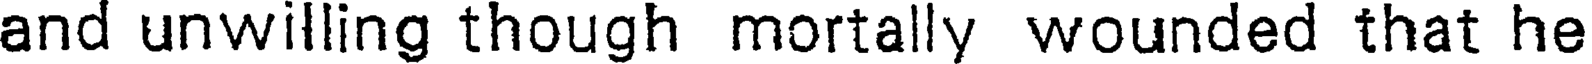
and unwilling though mortally wounded that he